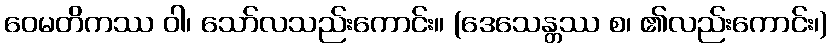
ဝေမတိကဿ ဝါ၊ သော်လသည်းကောင်း။ (ဒေသေန္တဿ စ၊ ၏လည်းကောင်း၊)